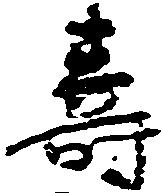
寿